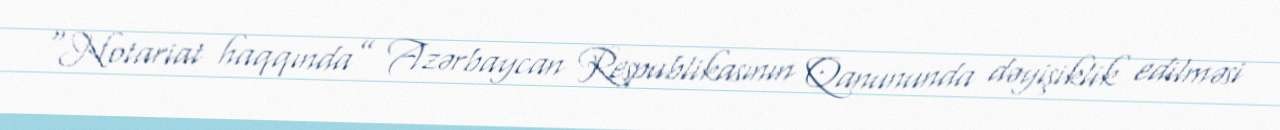
“Notariat haqqında” Azərbaycan Respublikasının Qanununda dəyişiklik edilməsi